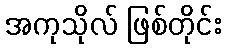
အကုသိုလ် ဖြစ်တိုင်း